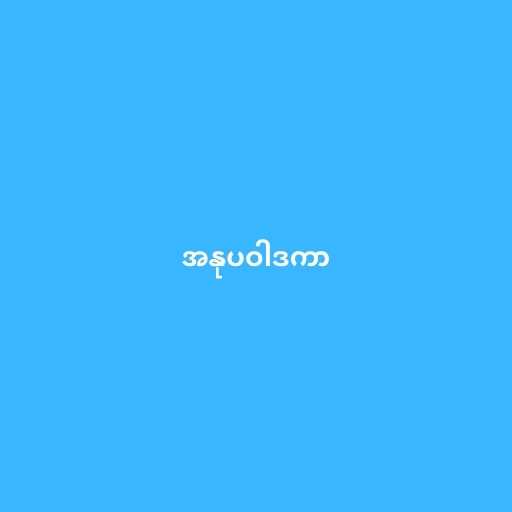
အနုပဝါဒကာ